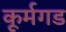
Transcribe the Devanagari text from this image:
कूर्मगड